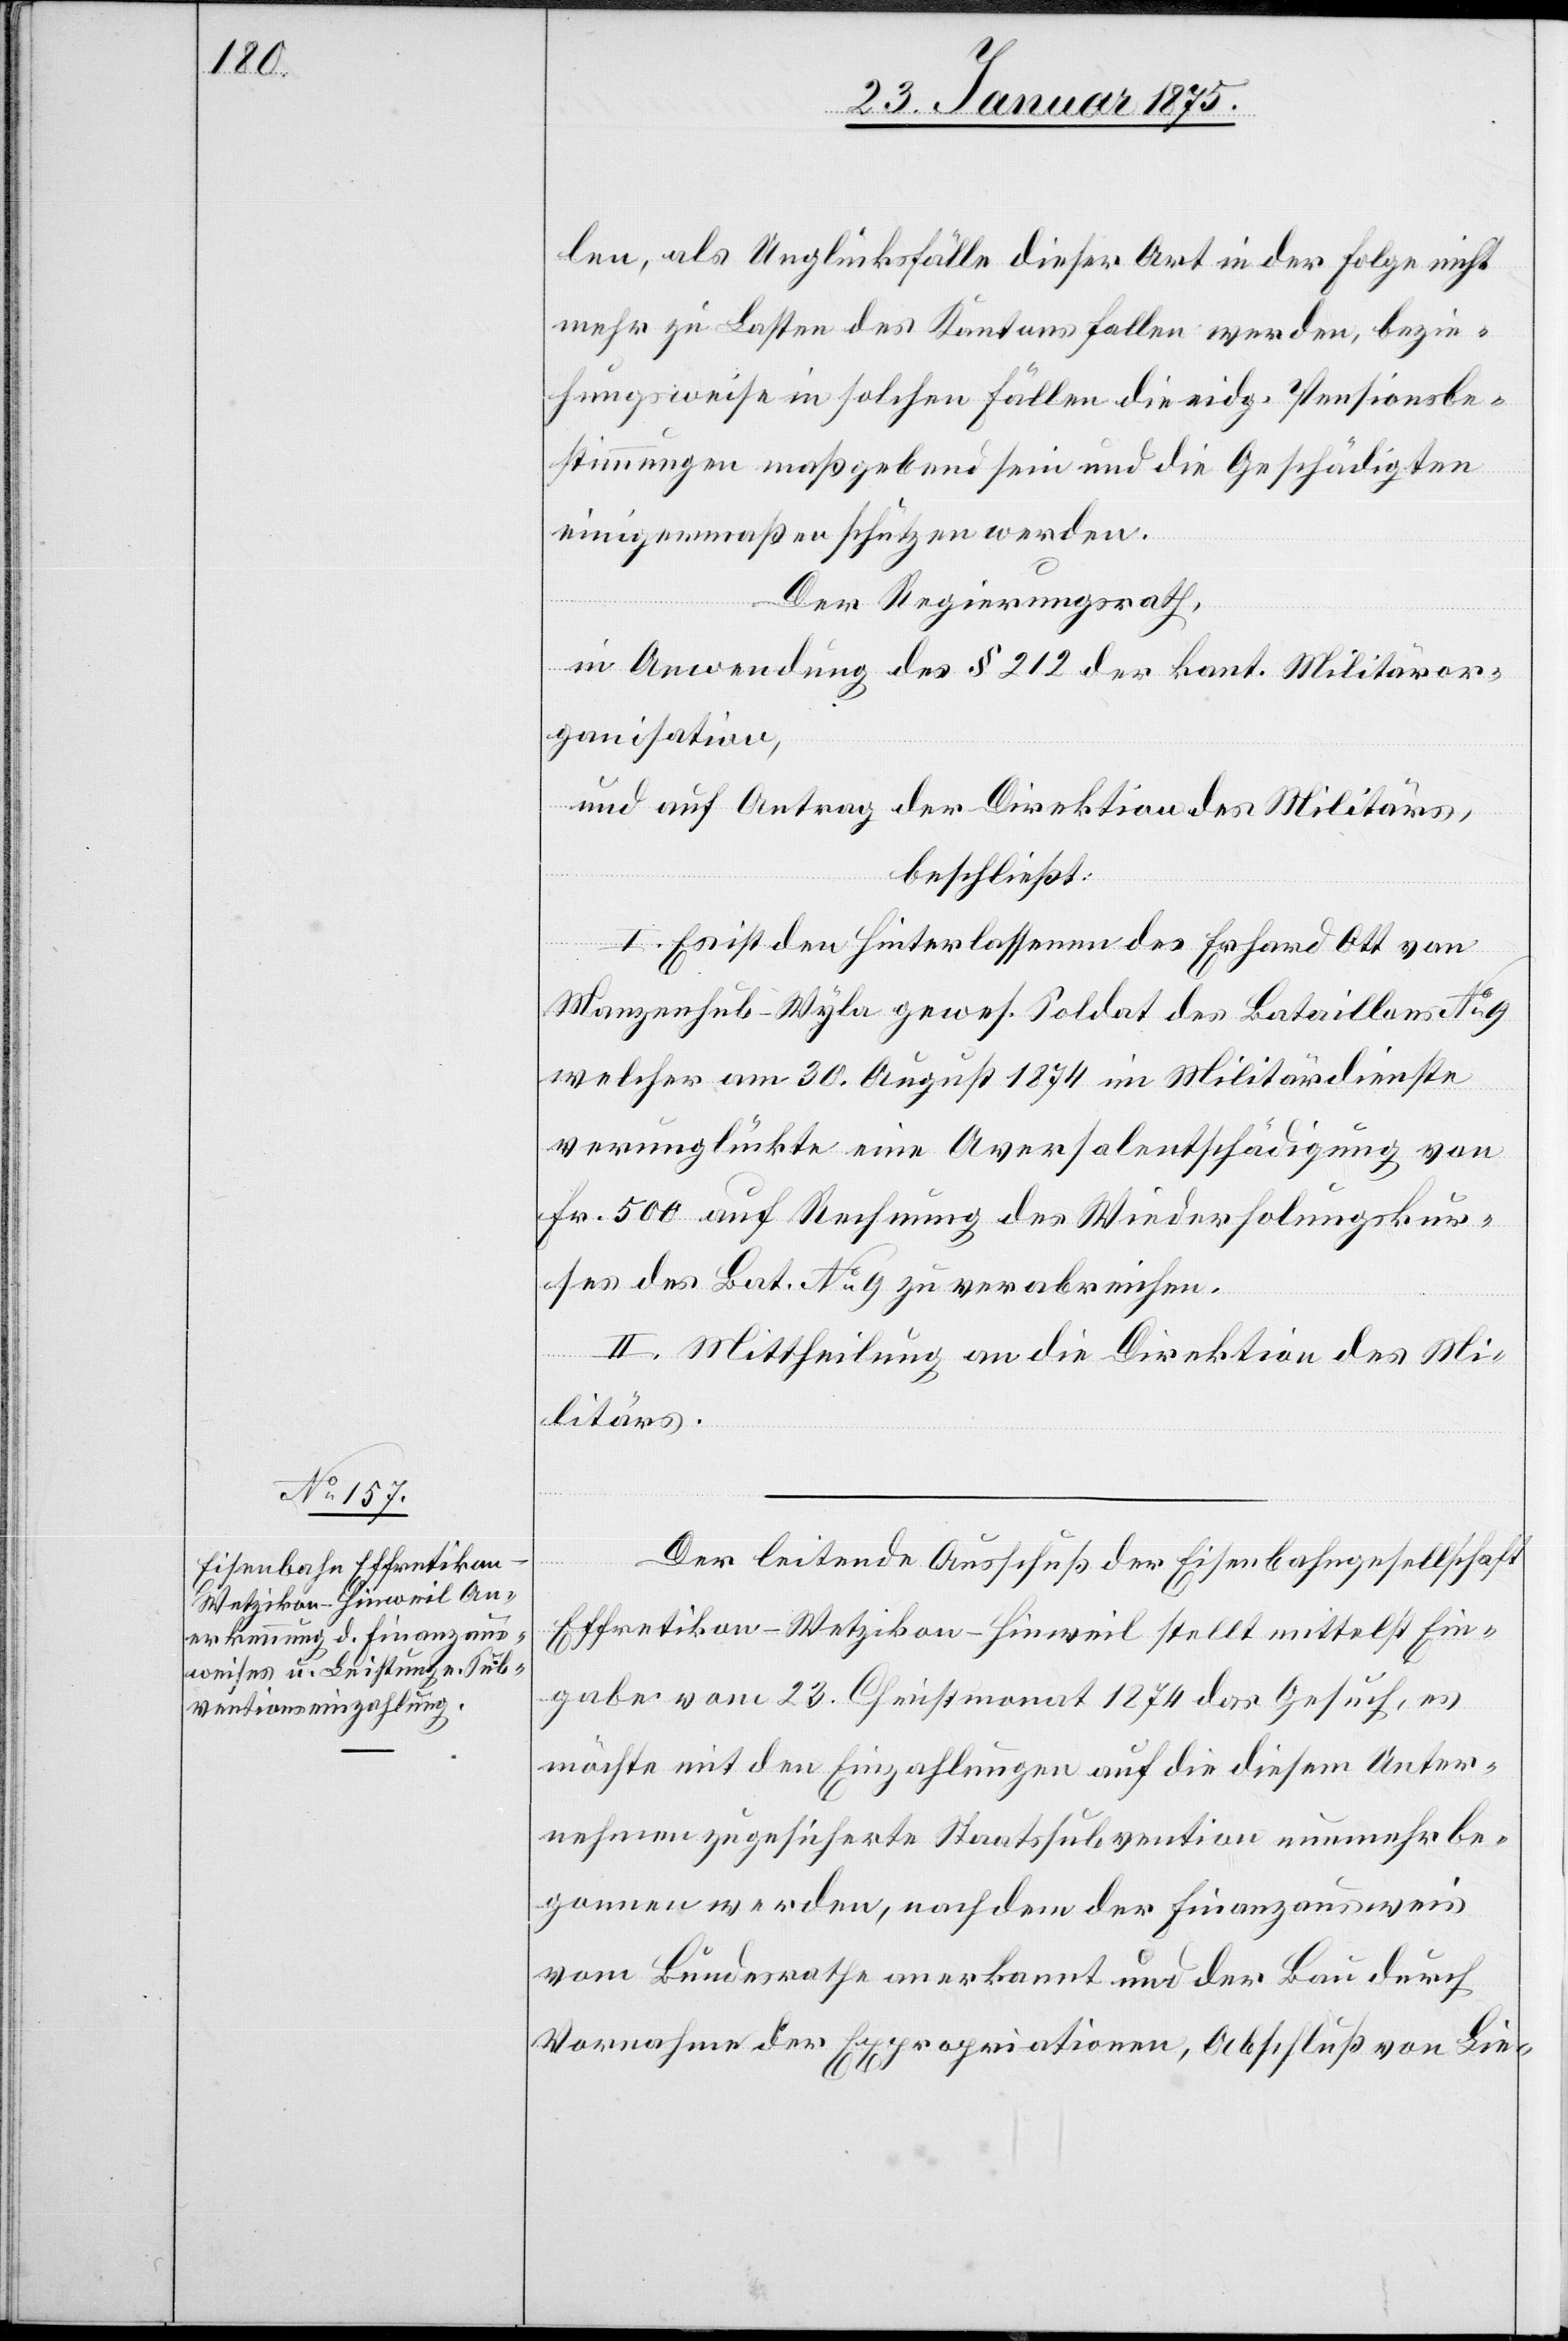
len, als Unglücksfälle dieser Art in der Folge nicht
mehr zu Lasten des Kantons fallen werden, bezie¬
hungsweise in solchen Fällen die eidg. Pensionsbe¬
stimmungen maßgebend sein und die Geschädigten
einigermaßen schützen werden.
Der Regierungsrath,
in Anwendung des § 2121 der kant. Militäror¬
ganisation,
und auf Antrag der Direktion des Militärs,
beschließt:
I. Es ist den Hinterlassenen des Erhard Ott von
Manzenhub - Wyla[,] gewes. Soldat des Bataillons No 9
welcher am 30. August 1874 im Militärdienste
verunglückte eine Aversalentschädigung von
Fr. 500 auf Rechnung des Wiederholungskur¬
ses des Bat. No9 zu verabreichen.
II. Mittheilung an die Direktion des Mi¬
litärs.
Der leitende Ausschuß der Eisenbahngesellschaft
Effretikon–Wetzikon–Hinweil stellt mittelst Ein¬
gabe vom 23. Christmonat 1874 das Gesuch, es
möchte mit den Einzahlungen auf die diesem Unter¬
nehmen zugesicherte Staatssubvention nunmehr be¬
gonnen werden, nachdem der Finanzausweis
vom Bundesrathe anerkannt und der Bau durch
Vornahme der Expropriationen, Abschluß von Lie-